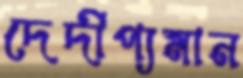
দেদীপ্যমান